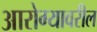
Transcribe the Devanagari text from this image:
आरोग्यावरील